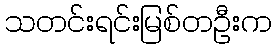
သတင်းရင်းမြစ်တဦးက